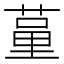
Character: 𦷗